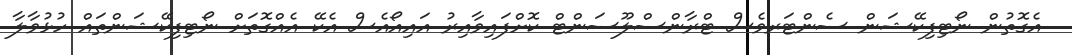
އެގޮތުން ނޯޓިފިކޭޝަން ސެންޓަރވެސް ޓްރާންސްލޫސަންޓް ކޮށްފައިވާއިރު އައިއޯއެސް އެކޭ އެއްގޮތަށް ނޯޓިފިކޭޝަންތައް ހުޅުވާލާ